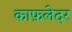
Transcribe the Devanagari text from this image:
काफ़लेदर